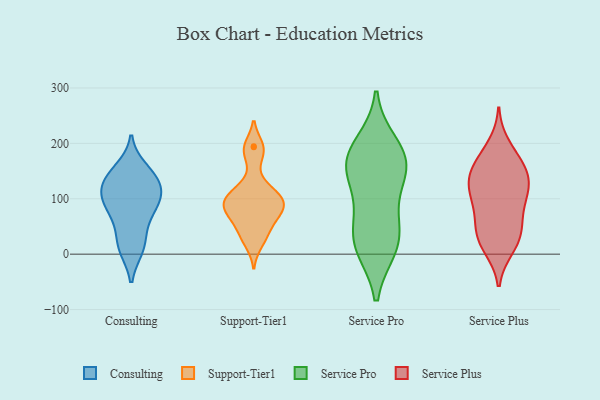
{"axis": {"x": "Inventory Turnover", "y": "Value"}, "legend": ["Consulting", "Service Plus", "Service Pro", "Support-Tier1"], "data": [{"x": "", "y": 101, "type": "Consulting"}, {"x": "", "y": 132, "type": "Consulting"}, {"x": "", "y": 119, "type": "Consulting"}, {"x": "", "y": 11, "type": "Consulting"}, {"x": "", "y": 31, "type": "Consulting"}, {"x": "", "y": 85, "type": "Consulting"}, {"x": "", "y": 130, "type": "Consulting"}, {"x": "", "y": 83, "type": "Consulting"}, {"x": "", "y": 153, "type": "Consulting"}, {"x": "", "y": 71, "type": "Consulting"}, {"x": "", "y": 107, "type": "Consulting"}, {"x": "", "y": 144, "type": "Consulting"}, {"x": "", "y": 11, "type": "Consulting"}, {"x": "", "y": 64, "type": "Support-Tier1"}, {"x": "", "y": 101, "type": "Support-Tier1"}, {"x": "", "y": 39, "type": "Support-Tier1"}, {"x": "", "y": 195, "type": "Support-Tier1"}, {"x": "", "y": 175, "type": "Support-Tier1"}, {"x": "", "y": 90, "type": "Support-Tier1"}, {"x": "", "y": 66, "type": "Support-Tier1"}, {"x": "", "y": 113, "type": "Support-Tier1"}, {"x": "", "y": 83, "type": "Support-Tier1"}, {"x": "", "y": 95, "type": "Support-Tier1"}, {"x": "", "y": 19, "type": "Support-Tier1"}, {"x": "", "y": 125, "type": "Support-Tier1"}, {"x": "", "y": 105, "type": "Support-Tier1"}, {"x": "", "y": 89, "type": "Support-Tier1"}, {"x": "", "y": 72, "type": "Support-Tier1"}, {"x": "", "y": 193, "type": "Support-Tier1"}, {"x": "", "y": 34, "type": "Support-Tier1"}, {"x": "", "y": 158, "type": "Service Pro"}, {"x": "", "y": 28, "type": "Service Pro"}, {"x": "", "y": 164, "type": "Service Pro"}, {"x": "", "y": 168, "type": "Service Pro"}, {"x": "", "y": 108, "type": "Service Pro"}, {"x": "", "y": 13, "type": "Service Pro"}, {"x": "", "y": 197, "type": "Service Pro"}, {"x": "", "y": 16, "type": "Service Pro"}, {"x": "", "y": 164, "type": "Service Pro"}, {"x": "", "y": 56, "type": "Service Pro"}, {"x": "", "y": 136, "type": "Service Plus"}, {"x": "", "y": 66, "type": "Service Plus"}, {"x": "", "y": 170, "type": "Service Plus"}, {"x": "", "y": 131, "type": "Service Plus"}, {"x": "", "y": 56, "type": "Service Plus"}, {"x": "", "y": 140, "type": "Service Plus"}, {"x": "", "y": 99, "type": "Service Plus"}, {"x": "", "y": 13, "type": "Service Plus"}, {"x": "", "y": 10, "type": "Service Plus"}, {"x": "", "y": 174, "type": "Service Plus"}, {"x": "", "y": 142, "type": "Service Plus"}, {"x": "", "y": 102, "type": "Service Plus"}, {"x": "", "y": 197, "type": "Service Plus"}, {"x": "", "y": 43, "type": "Service Plus"}, {"x": "", "y": 39, "type": "Service Plus"}, {"x": "", "y": 154, "type": "Service Plus"}, {"x": "", "y": 103, "type": "Service Plus"}, {"x": "", "y": 109, "type": "Service Plus"}, {"x": "", "y": 26, "type": "Service Plus"}]}